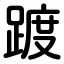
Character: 踱